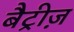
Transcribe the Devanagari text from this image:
बैट्रीज़